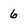
Character: 6